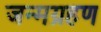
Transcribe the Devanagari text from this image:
जन्मग्रहण